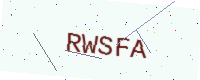
Text: RWSFA